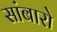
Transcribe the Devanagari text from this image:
सांबारो